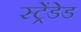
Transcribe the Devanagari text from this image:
स्ट्रेंडेड